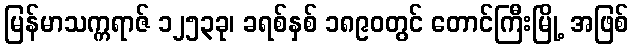
မြန်မာသက္ကရာဇ် ၁၂၅၃ခု၊ ခရစ်နှစ် ၁၈၉၀တွင် တောင်ကြီးမြို့ အဖြစ်